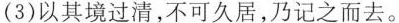
(3)以其境过清，不可久居，乃记之而去。